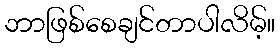
ဘာဖြစ်စေချင်တာပါလိမ့်။